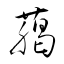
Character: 﨟